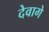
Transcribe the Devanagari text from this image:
देवागे